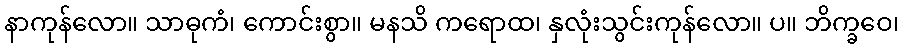
နာကုန်လော။ သာဓုကံ၊ ကောင်းစွာ။ မနသိ ကရောထ၊ နှလုံးသွင်းကုန်လော။ ပ။ ဘိက္ခဝေ၊